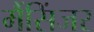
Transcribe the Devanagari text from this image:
मैंसिंजर